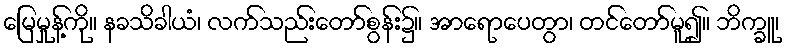
မြေမှုန့်ကို။ နခသိခါယံ၊ လက်သည်းတော်စွန်း၌။ အာရောပေတွာ၊ တင်တော်မူ၍။ ဘိက္ခူ၊